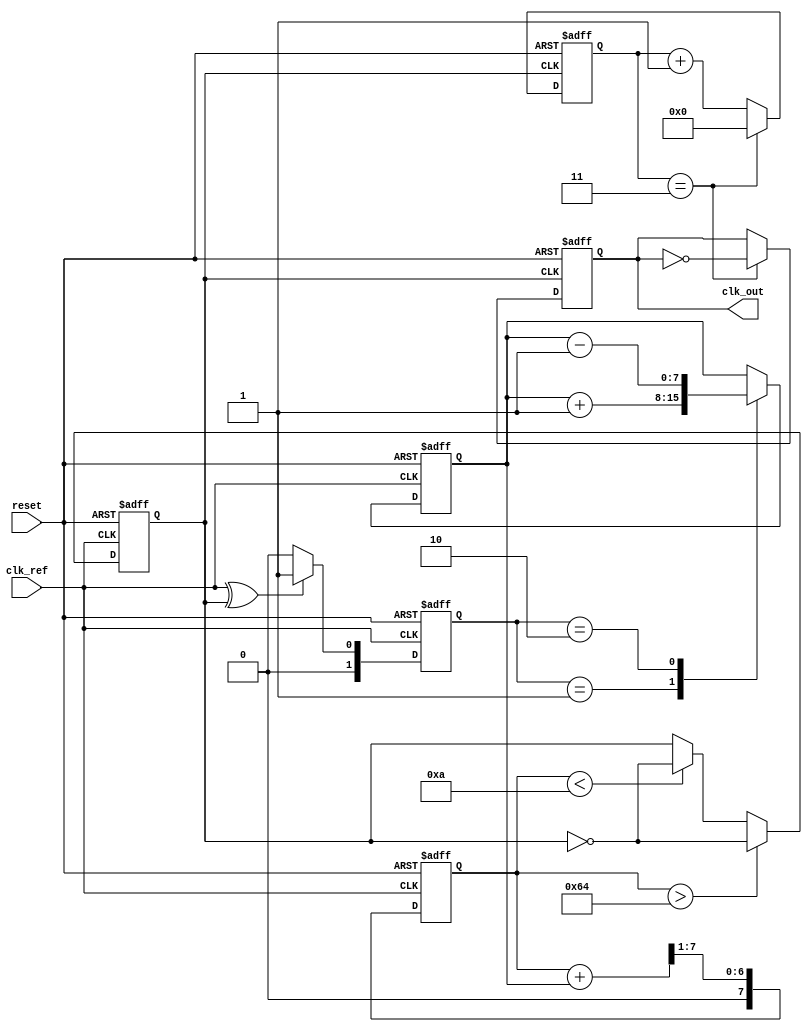
module high_performance_PLL (
    input wire clk_ref,          // Reference clock input
    input wire reset,            // Reset signal
    output wire clk_out          // Output clock
);

// Parameters
parameter N = 4;                // Frequency division factor
parameter VCO_MAX_FREQ = 100;  // Max frequency for VCO
parameter VCO_MIN_FREQ = 10;   // Min frequency for VCO

// Internal signals
reg [1:0] phase_error;          // Phase error signal
reg [7:0] control_voltage;       // Control voltage for VCO
reg clk_vco;                    // VCO output clock
reg [N-1:0] divider_count;      // Frequency divider counter

// Phase Detector (XOR implementation)
always @(posedge clk_ref or posedge reset) begin
    if (reset) begin
        phase_error <= 2'b00;
    end else begin
        // Simple phase detection logic (XOR)
        phase_error <= (clk_ref ^ clk_vco) ? 2'b01 : 2'b00; // Phase error signal
    end
end

// Charge Pump
always @(posedge clk_ref or posedge reset) begin
    if (reset) begin
        control_voltage <= 8'b0;
    end else begin
        // Charge pump logic
        case (phase_error)
            2'b01: control_voltage <= control_voltage + 1; // Phase leading
            2'b10: control_voltage <= control_voltage - 1; // Phase lagging
            default: control_voltage <= control_voltage;    // No change
        endcase
    end
end

// Loop Filter (Simple RC filter model)
reg [7:0] filtered_voltage;
always @(posedge clk_ref or posedge reset) begin
    if (reset) begin
        filtered_voltage <= 8'b0;
    end else begin
        // Simple low-pass filter
        filtered_voltage <= (filtered_voltage + control_voltage) >> 1; // Averaging
    end
end

// Voltage-Controlled Oscillator (VCO)
always @(posedge clk_ref or posedge reset) begin
    if (reset) begin
        clk_vco <= 1'b0;
    end else begin
        // VCO frequency control based on filtered voltage
        if (filtered_voltage > VCO_MAX_FREQ) begin
            clk_vco <= ~clk_vco; // Toggle clock if above max frequency
        end else if (filtered_voltage < VCO_MIN_FREQ) begin
            clk_vco <= ~clk_vco; // Toggle clock if below min frequency
        end
    end
end

// Frequency Divider
always @(posedge clk_vco or posedge reset) begin
    if (reset) begin
        divider_count <= 0;
        clk_out <= 0;
    end else begin
        if (divider_count == N-1) begin
            clk_out <= ~clk_out; // Toggle output clock
            divider_count <= 0;   // Reset counter
        end else begin
            divider_count <= divider_count + 1; // Increment counter
        end
    end
end

endmodule